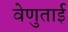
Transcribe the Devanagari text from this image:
वेणुताई